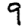
Digit: 9